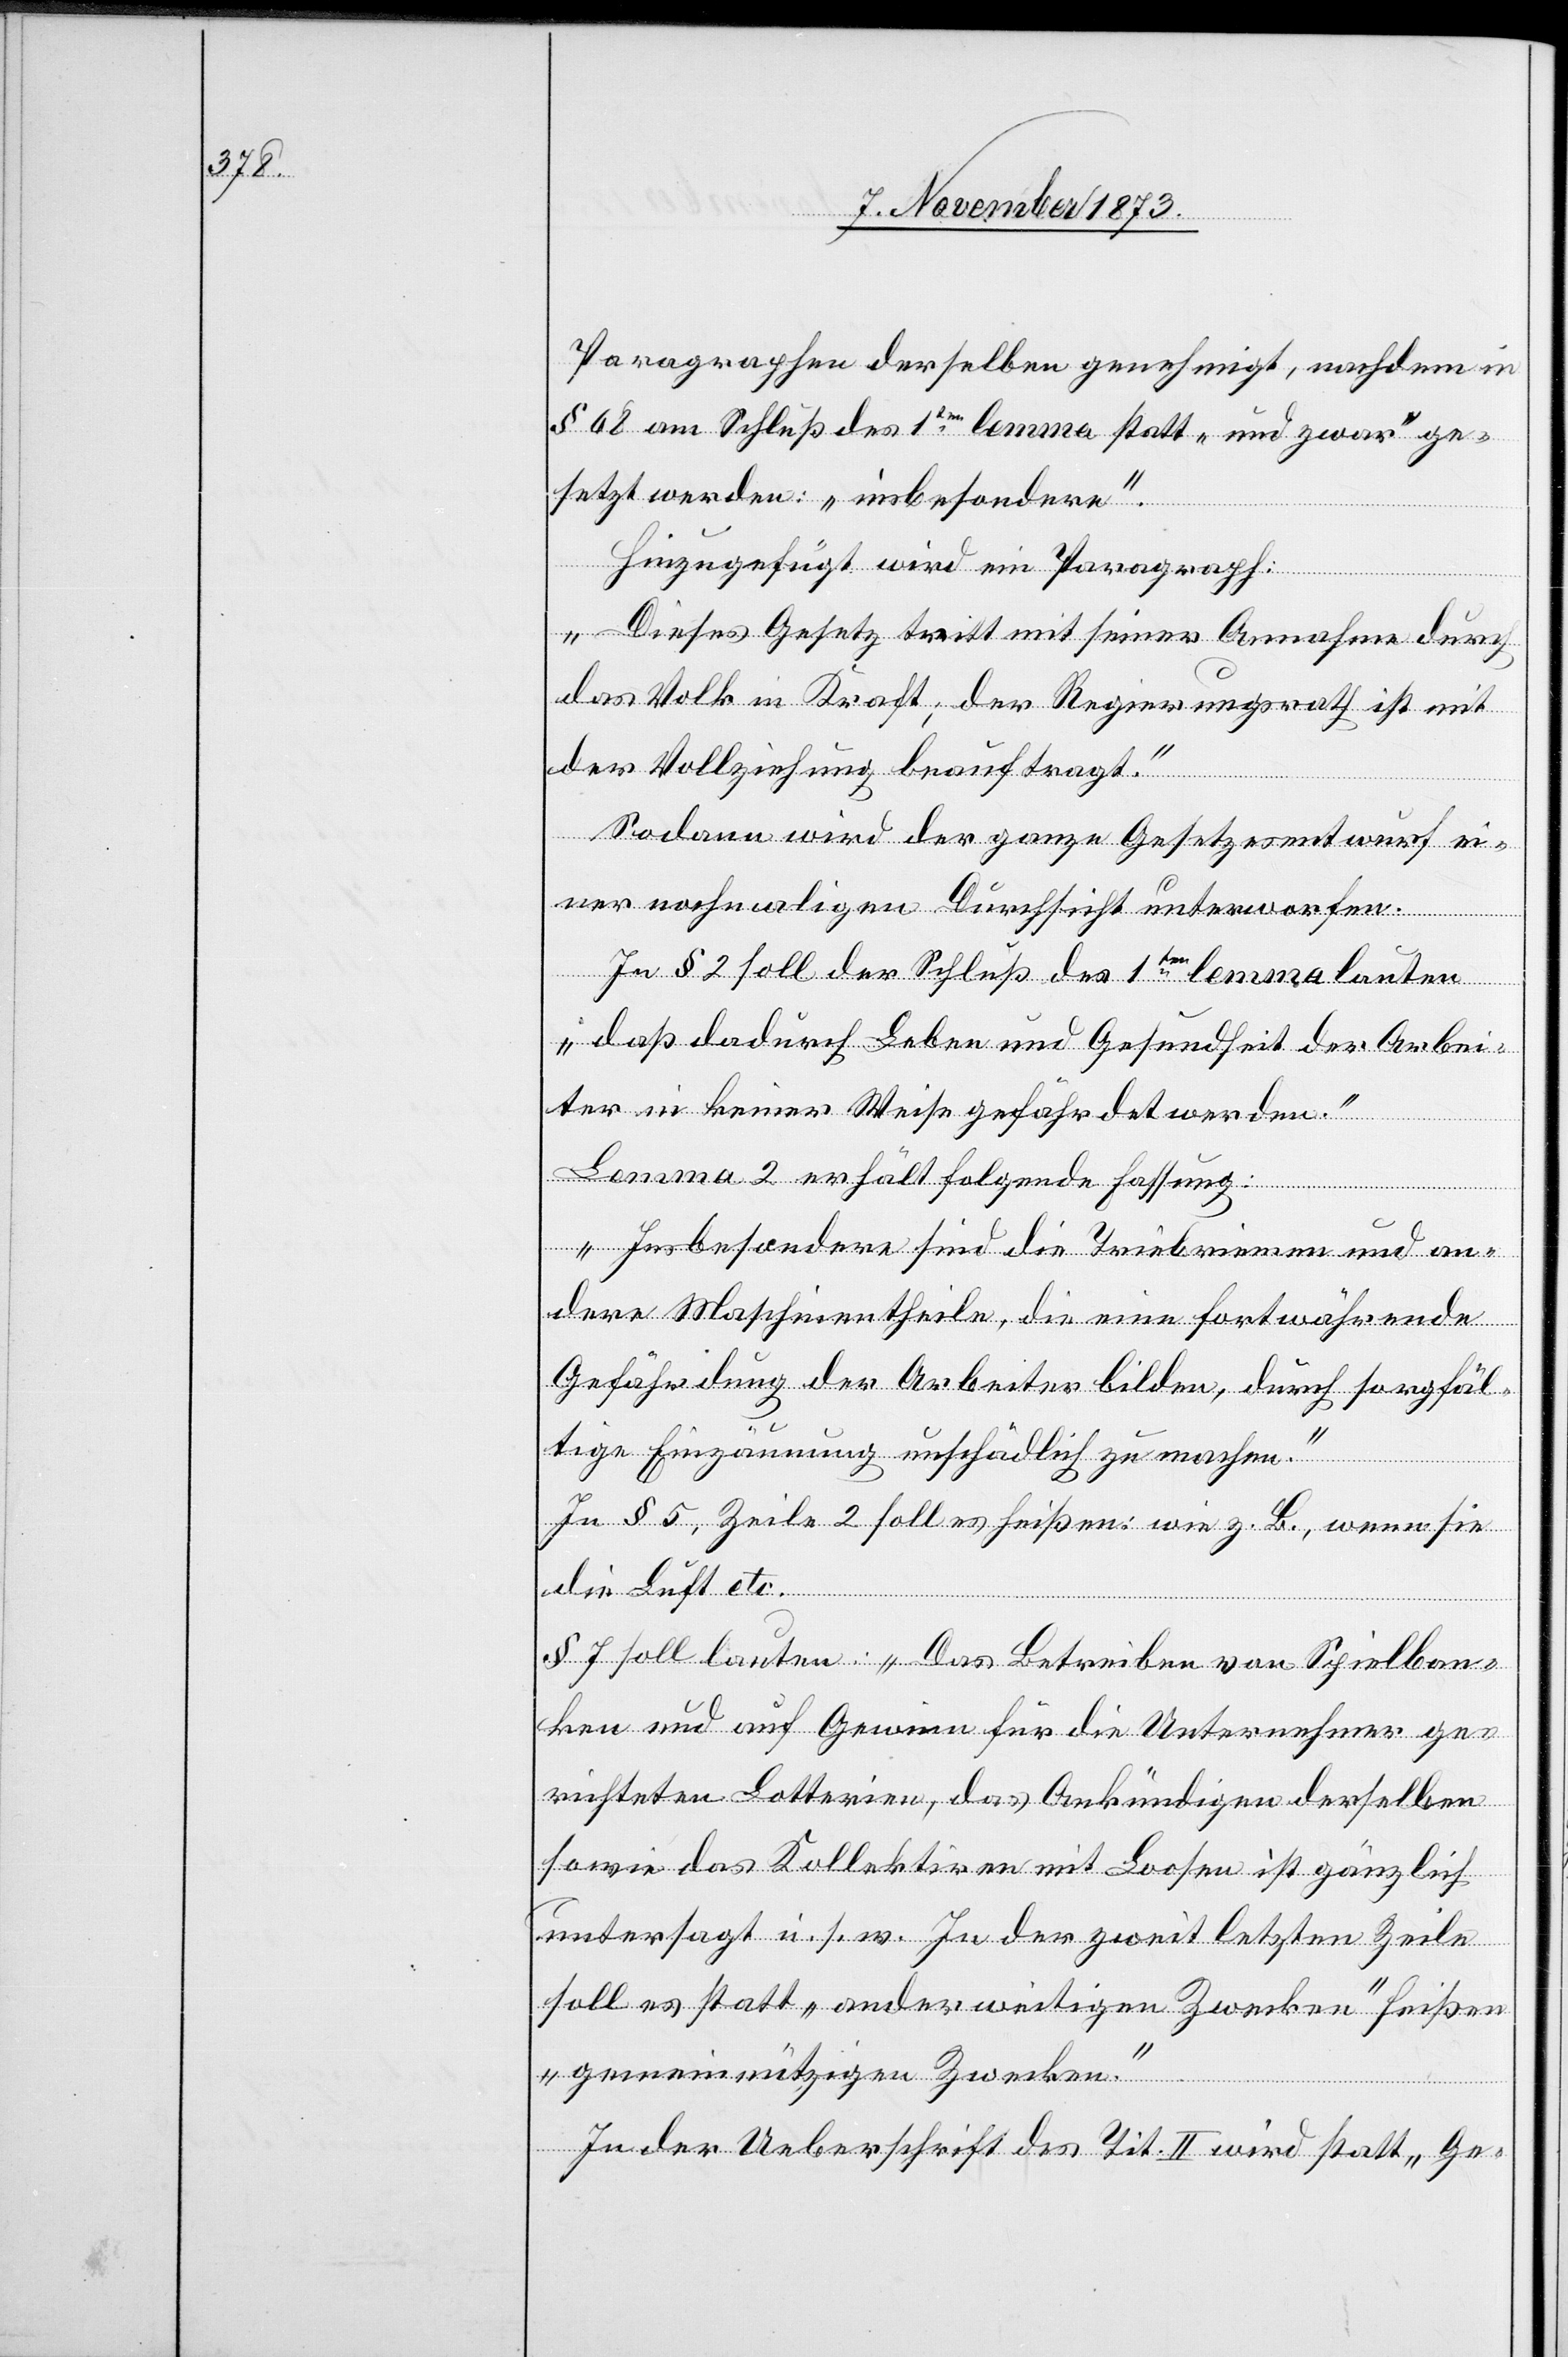
Paragraphen derselben genehmigt, nachdem in
§ 68 am Schluß des 1ten lemma statt „und zwar“ ge¬
setzt werden [sic!]: „insbesondere“.
Hinzugefügt wird ein Paragraph:
„Dieses Gesetz tritt mit seiner Annahme durch
das Volk in Kraft; der Regierungsrath ist mit
der Vollziehung beauftragt.“
Sodann wird der ganze Gesetzesentwurf ei¬
ner nochmaligen Durchsicht unterworfen.
In § 2 soll der Schluß des 1ten lemma lauten
„daß dadurch Leben und Gesundheit der Arbei¬
ter in keiner Weise gefährdet werden.“
Lemma 2 erhält folgende Fassung:
„Insbesondere sind die Triebriemen und an¬
dere Maschinentheile, die eine fortwährende
Gefährdung der Arbeiter bilden, durch sorgfäl¬
tige Einzäunung unschädlich zu machen.“
In § 5, Zeile 2 soll es heißen: wie z. B., wenn sie
die Luft etc.
§ 7 soll lauten: „Das Betreiben von Spielban¬
ken und auf Gewinn für die Unternehmer ge¬
richteten Lotterien, das Ankündigen derselben
sowie das Kollektiren mit Loosen ist gänzlich
untersagt u. s. w. In der zweit letzten Zeile
soll es statt „anderweitigen Zwecken“ heißen
„gemeinnützigen Zwecken.“
In der Ueberschrift des Tit. II wird statt „Ge-